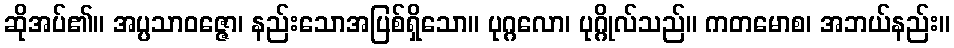
ဆိုအပ်၏။ အပ္ပသာဝဇ္ဇော၊ နည်းသောအပြစ်ရှိသော။ ပုဂ္ဂလော၊ ပုဂ္ဂိုလ်သည်။ ကတမောစ၊ အဘယ်နည်း။